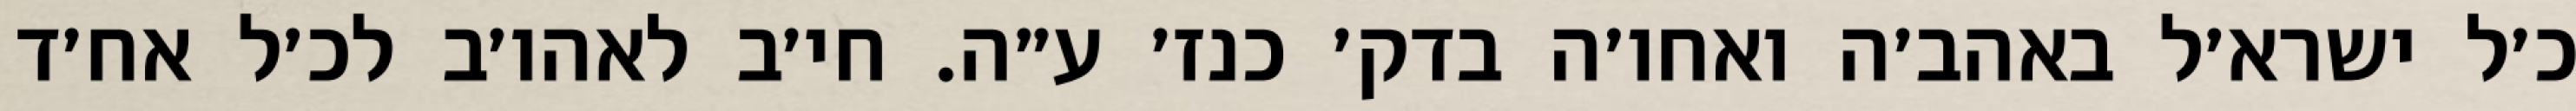
כ׳ל ישרא׳ל באהב׳ה ואחו׳ה בדק׳ כנז׳ ע״ה. חי׳ב לאהו׳ב לכ׳ל אח׳ד